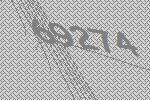
69274